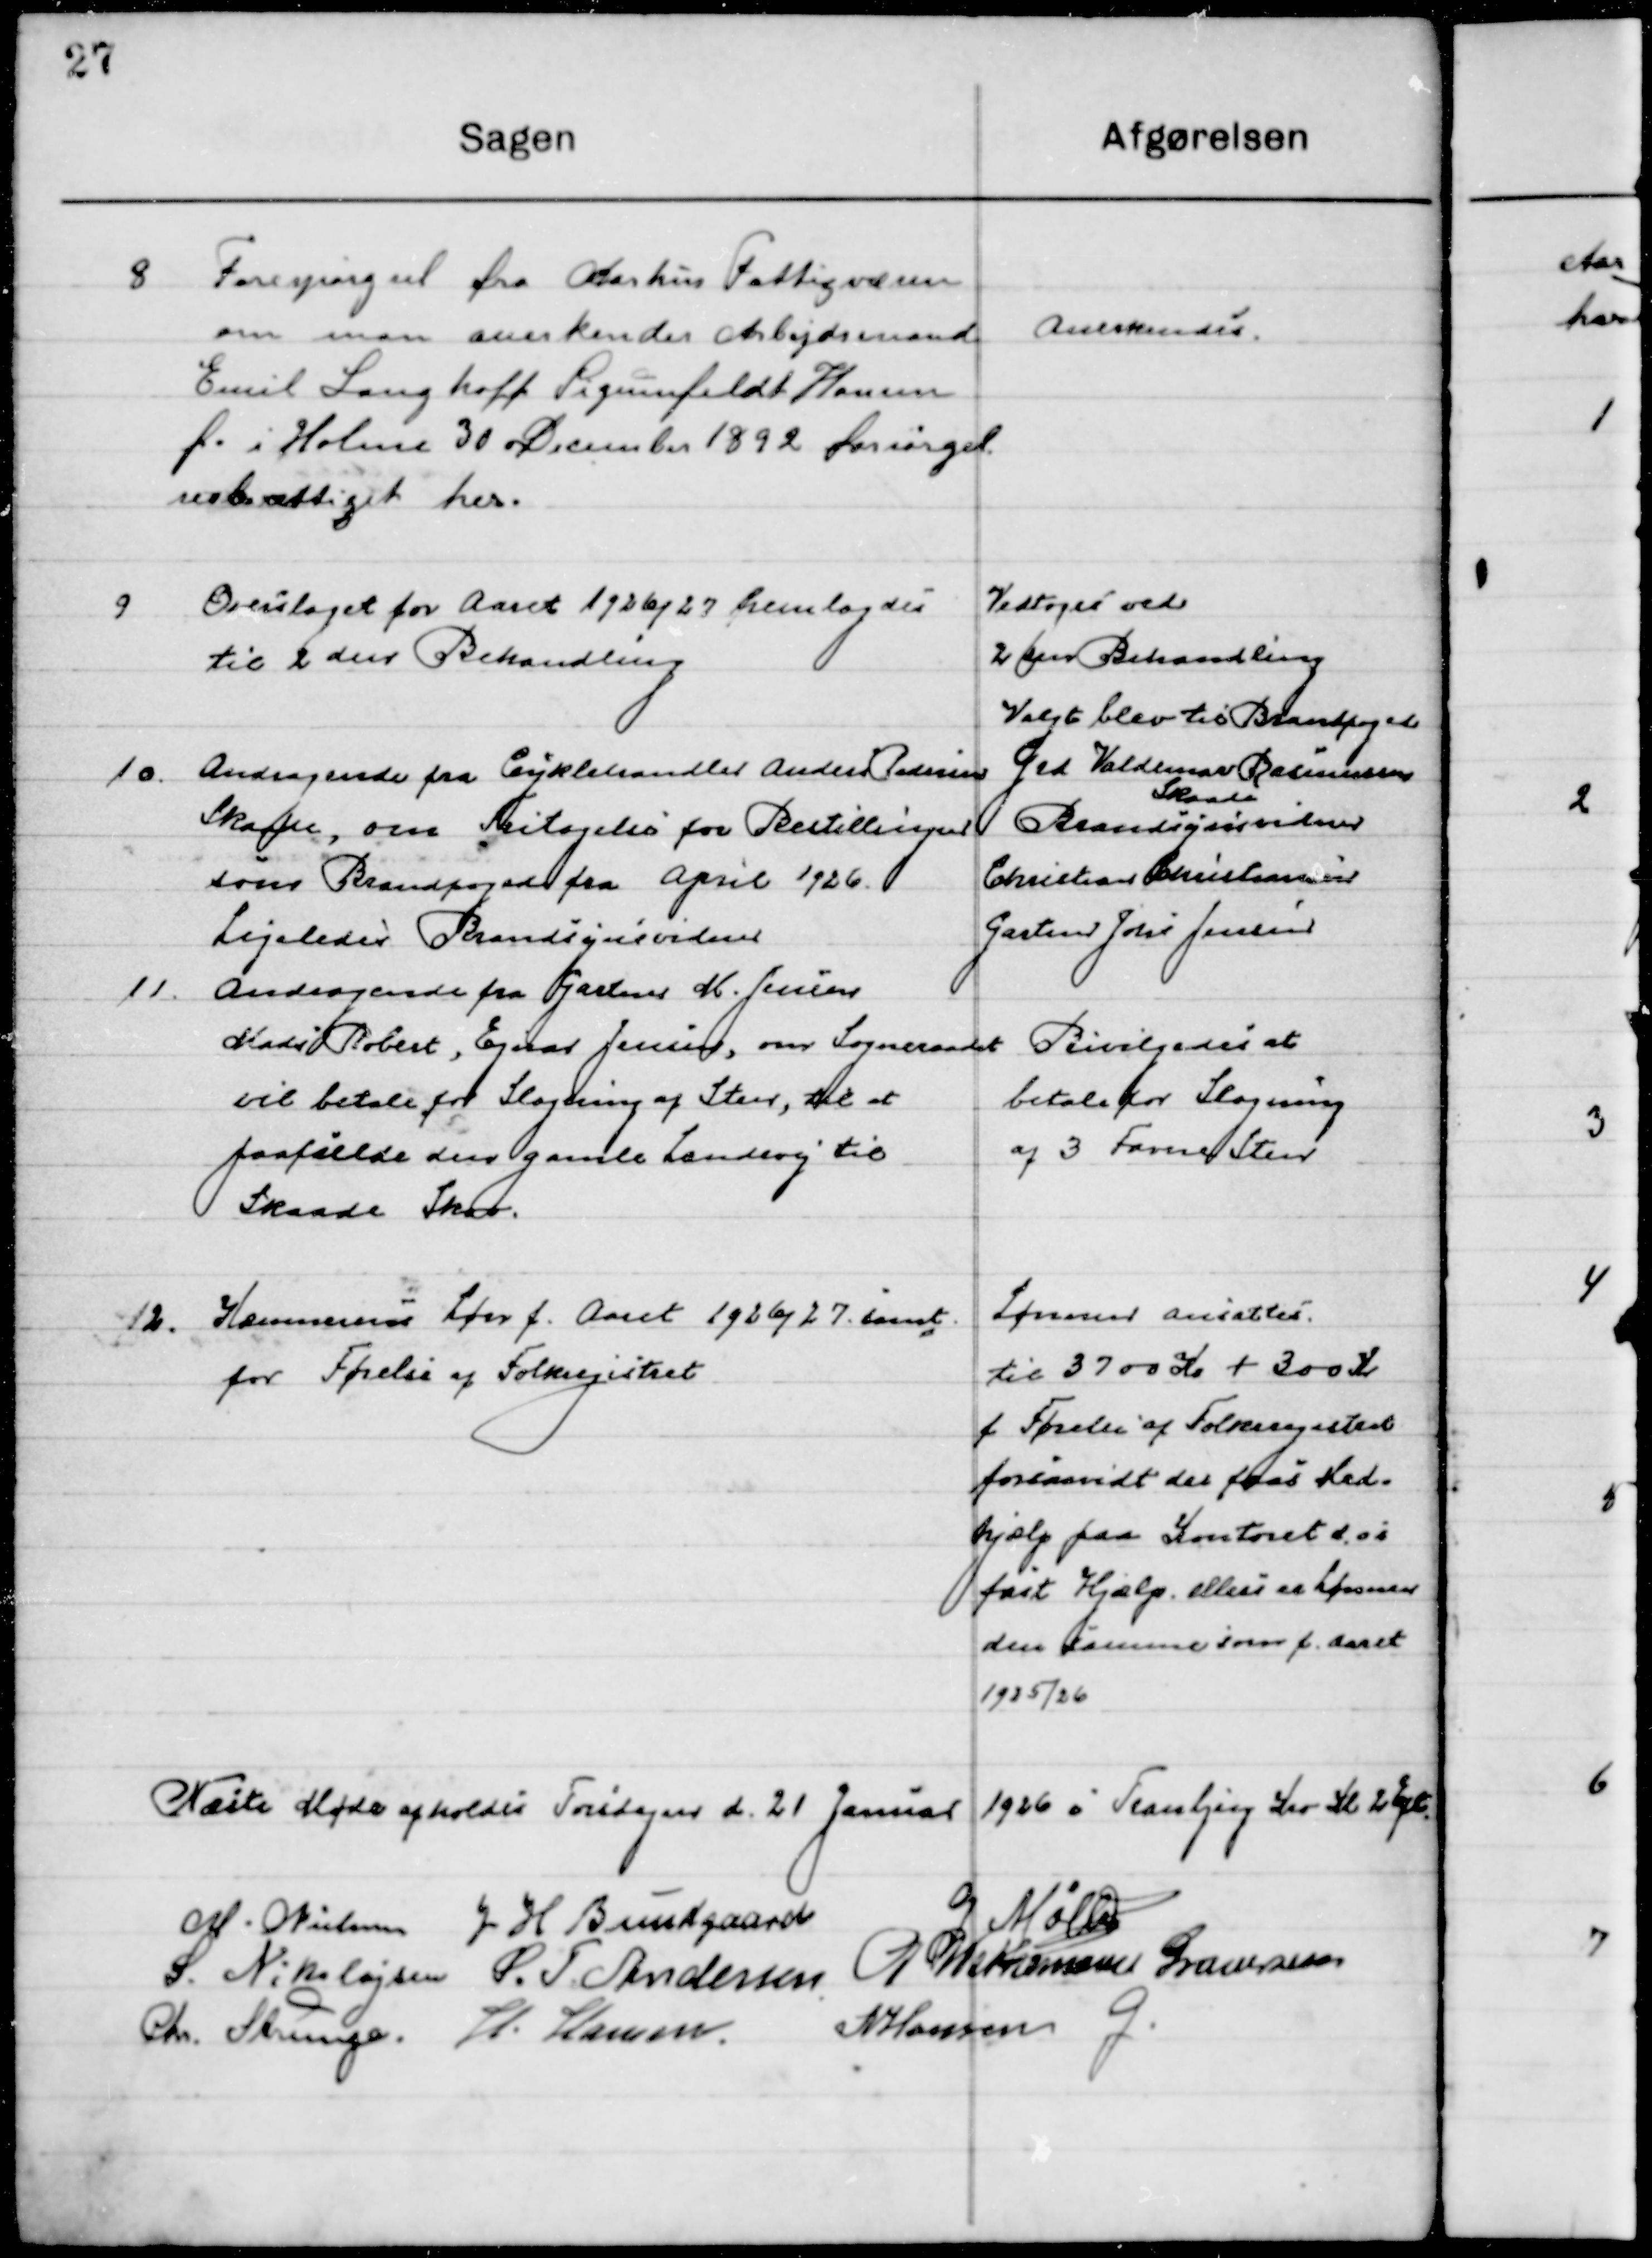
Transskription:
8

Forespørgsel fra Aarhus Fattigvæsen
om man anerkender Arbejdsmand
Emil Langhoff Signenfeldt Hansen
f. i Holme 30 December 1892 forsørgel-
sesberettiget her.

Anerkendes

9

Overslaget for Aaret 1926/27 fremlagdes
til 2. den Behandling

Vedtoges ved 2. 
den Behandling

10

Andragende fra Cykelhandler Anders Pedersen
Skaade, om Fritagelse for Bestillingen
som Brandfoged fra April 1926.
Ligeledes Brandsynsvidne

Valgt blev til Brandfoged
Gdr. Valdemar Rasmussen 
Skaade
Brandsynsvidner
Christian Christiansen
Gartner John. Jensen

11

Andragende fra Gartner M. Jensen
Mads Robert, Ejnar Jensen, om Sogneraadet
vil betale for Slagning af Sten, til at
paafælde den gamle Landevej til
Skaade Skov.

Bevilgedes at
Betale for Slagning
af 3 Favne Sten

12

Kommunens Løn f. Aaret 1926/27 samt
for Førelse af Folkeregisteret

Lønnen ansættes
Til 3700 Kr. + 300 Kr.
f. Førelse af Folkeregisteret
forsaavidt der faas Med-
hjælp paa Kontoret dvs.
fast Hjælp ellers er Lønnen
den samme som f. Aaret 
1926/27

Næste Møde afholdes Torsdagen d. 21 Januar 1926 i Tranbjerg Kro Kl. 2 Eft.

M. Nielsen
J. H. Bundgaard
G. Møller
S. Nikolajsen
S. F. Andersen
P. Wethemann Graversen
Chr. Strunge
H. Hansen
N. Hansen